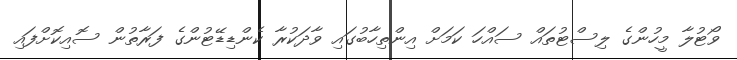
ވޯޓުލާ މީހުންގެ ލިސްޓުތައް ސައްހަ ކަމަށް އިންތިހާބުގައި ވާދަކުރާ ކެންޑިޑޭޓުންގެ ފަރާތުން ސޮއިކޮށްފައި